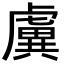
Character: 𧇽